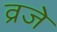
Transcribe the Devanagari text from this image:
व्रजे